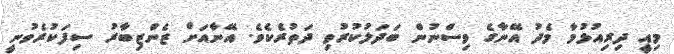
މިއީ ދިރިއުޅުމާ މެދު އޭނާގެ ވިސްނުން ބަދަލުކުރުވި ދަތުރެކެވެ. އޭނާއަށް ޒެންޒިބާރު ސިފަކުރެވުނީ